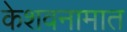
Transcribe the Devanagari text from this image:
केशवनामात